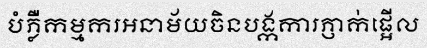
បំភ្លឺកម្មករអនាម័យចិនបង្កការភ្ញាក់ផ្អើល